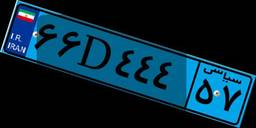
۳۳D۸۶۰۶۵